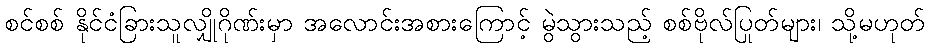
စင်စစ် နိုင်ငံခြားသူလျှိုဂိုဏ်းမှာ အလောင်းအစားကြောင့် မွဲသွားသည့် စစ်ဗိုလ်ပြုတ်များ၊ သို့မဟုတ်